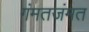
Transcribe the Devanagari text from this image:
गंमतजंमत